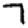
Digit: 7